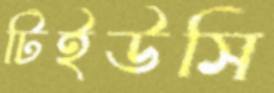
টিইউসি